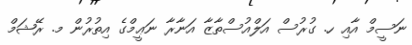
ނަސީމް އާއި ހ. ގުރުސް އަލްއުސްތާޒާ އަނާރާ ނަޢީމްގެ އިތުރުން މ. ރޭޝަމް